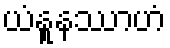
ယံနူနဿာဟံ